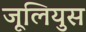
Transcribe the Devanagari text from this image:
जूलियुस